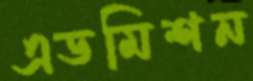
এডমিশন